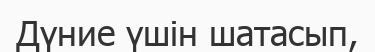
Дүние үшін шатасып,